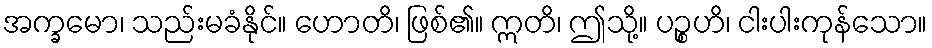
အက္ခမော၊ သည်းမခံနိုင်။ ဟောတိ၊ ဖြစ်၏။ ဣတိ၊ ဤသို့။ ပဉ္စဟိ၊ ငါးပါးကုန်သော။